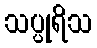
သပ္ပုရိသ